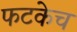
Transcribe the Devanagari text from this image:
फटकेच